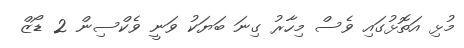
މުޅި އަތޮޅުގައި ވެސް މިހާރު ގިނަ ބަޔަކު ވަނީ ވެކްސިން 2 ޑޯޒް